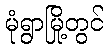
မုံရွာမြို့တွင်